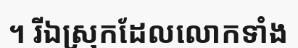
។ រីឯស្រុកដែលលោកទាំង